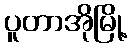
ပူတာအိုမြို့